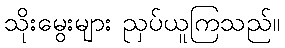
သိုးမွေးများ ညှပ်ယူကြသည်။